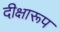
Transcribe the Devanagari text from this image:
दीक्षारूप